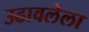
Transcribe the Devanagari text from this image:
उढावलेला